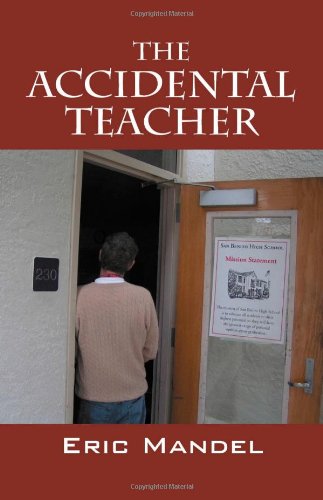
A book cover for The Accidental Teacher; Eric Mandel; Biographies & Memoirs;